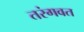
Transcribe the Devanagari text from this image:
तरंगवत